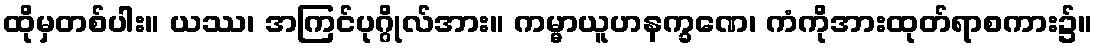
ထိုမှတစ်ပါး။ ယဿ၊ အကြင်ပုဂ္ဂိုလ်အား။ ကမ္မာယူဟနက္ခဏေ၊ ကံကိုအားထုတ်ရာစကား၌။